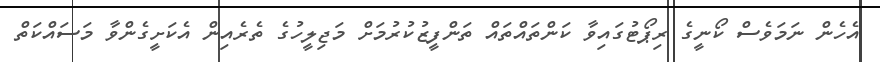
އެހެން ނަމަވެސް ކޯނީގެ ރިޕޯޓުގައިވާ ކަންތައްތައް ތަންފީޒުކުރުމަށް މަޖިލީހުގެ ތެރެއިން އެކަށީގެންވާ މަސައްކަތް